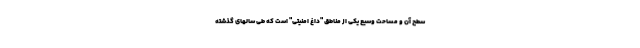
سطح آن و مساحت وسیع یکی از مناطق "داغ امنیتی" است که طی سالهای گذشته